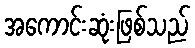
အကောင်းဆုံးဖြစ်သည်